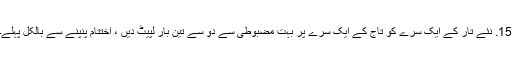
15. نئے تار کے ایک سرے کو تاج کے ایک سرے پر بہت مضبوطی سے دو سے تین بار لپیٹ دیں ، اختتام پنپنے سے بالکل پہلے۔